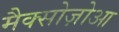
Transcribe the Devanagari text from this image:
मैक्सोज़ोआ